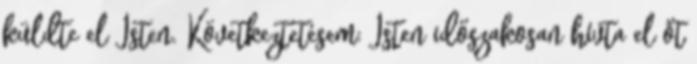
küldte el Isten. Következtetésem: Isten időszakosan hívta el őt